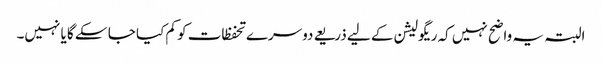
البتہ یہ واضح نہیں کہ ریگولیشن کے لیے ذریعے دوسرے تحفظات کو کم کیا جا سکے گا یا نہیں۔